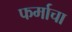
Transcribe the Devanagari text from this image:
फर्माचा